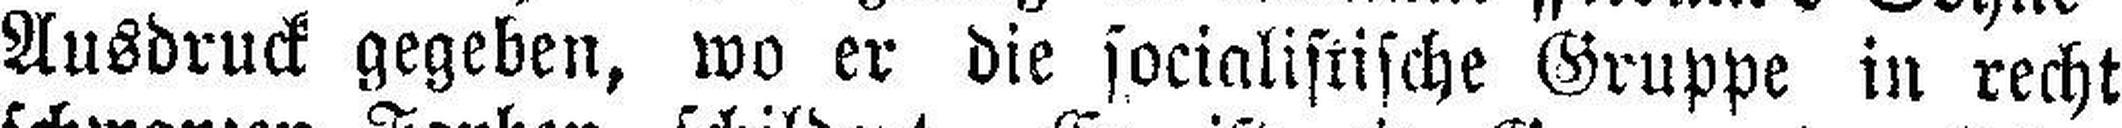
Ausdruck gegeben, wo er die socialistische Gruppe in recht